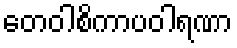
တေဝါစိကာပဝါရဏာ